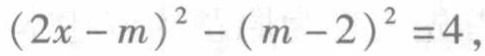
\((2x - m)^{2} - (m - 2)^{2} = 4\)